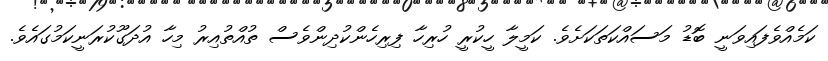
ކަމެއްވެފައިވަނީ ބޮޑު މަސައްކަތަކަށެވެ. ކަމީލާ ހީކުރީ ހުރިހާ ފިރިހެންކުދިންވެސް ތުއްތުއިރު މިހާ އުދަގޫކުރަނީކަމުގައެވެ.